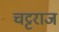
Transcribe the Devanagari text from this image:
चट्टराज